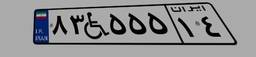
۸۳W۵۵۵۱۴